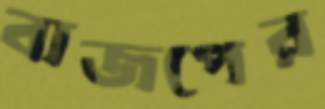
বাজপের